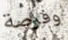
وفرصة